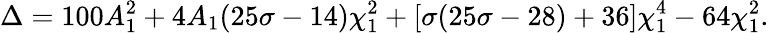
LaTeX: \Delta=100A_{1}^{2}+4A_{1}(25\sigma-14)\chi_{1}^{2}+\left[\sigma(25\sigma-28)+36\right]\chi_{1}^{4}-64\chi_{1}^{2}.